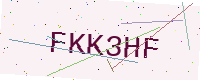
Text: FKK3HF